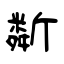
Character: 斴